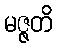
မဇ္ဇတိ